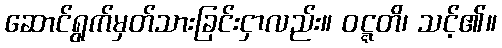
ဆောင်ရွက်မှတ်သားခြင်းငှာလည်း။ ဝဋ္ဋတိ၊ သင့်၏။